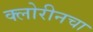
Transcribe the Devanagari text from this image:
क्लोरीनचा